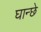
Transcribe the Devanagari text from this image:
घान्छे